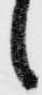
候